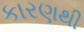
કારણથી